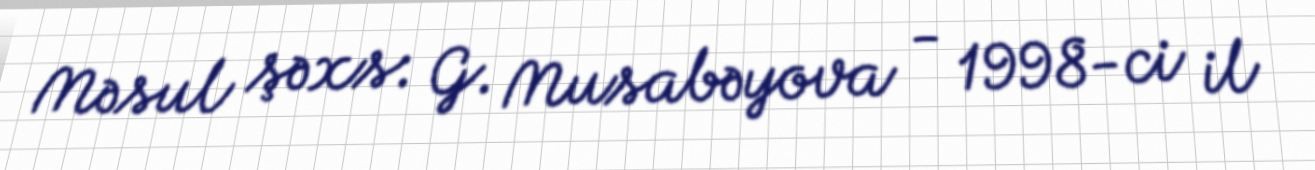
Məsul şəxs: G. Musabəyova - 1998-ci il